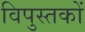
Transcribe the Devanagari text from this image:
विपुस्तकों